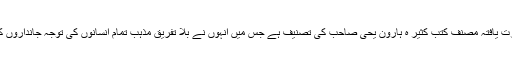
زیر نظر کتاب’’جانداروں کا جذبۂ قربانی‘ عالمی شہرت یافتہ مصنف کتب کثیر ہ ہارون یحیٰ صاحب کی تصنیف ہے جس میں انہوں نے بلا تفریق مذہب تمام انسانوں کی توجہ جانداروں کے رویوں کی جانب مبذول کرانے کی کوشش کی ہے۔